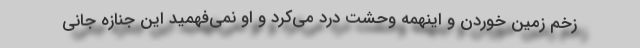
زخم زمین خوردن و اینهمه وحشت درد می‌کرد و او نمی‌فهمید این جنازه جانی